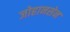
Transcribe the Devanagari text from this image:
जोहानसेन